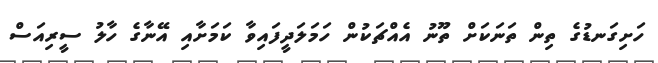
ހަށިގަނޑުގެ ތިން ތަނަކަށް ތޫނު އެއްޗަކުން ހަމަލަދީފައިވާ ކަމަށާއި އޭނާގެ ހާލު ސީރިއަސް